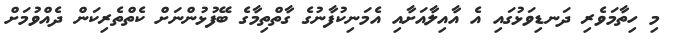
މި ހިތާމަވެރި ދަނޑިވަޅުގައި އެ އާއިލާއަށާއި އެމަނިކުފާނުގެ ގާތްތިމާގެ ބޭފުޅުންނަށް ކެތްތެރިކަން ދެއްވުމަށް